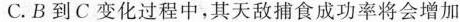
C.B到C变化过程中，其天敌捕食成功率将会增加